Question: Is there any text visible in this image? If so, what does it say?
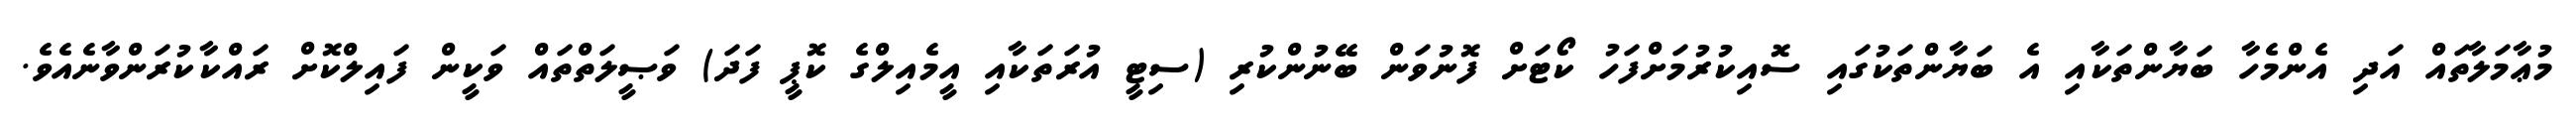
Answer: މުޢާމަލާތައް އަދި އެންމެހާ ބަޔާންތަކާއި އެ ބަޔާންތަކުގައި ސޮއިކުރުމަށްފަހު ކޯޓަށް ފޮނުވަން ބޭނުންކުރި (ސިޓީ އުރަތަކާއި އީމެއިލްގެ ކޮޕީ ފަދަ) ވަޞީލަތްތައް ވަކީން ފައިލްކޮށް ރައްކާކުރަންވާނެއެވެ.